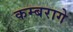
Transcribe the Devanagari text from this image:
कम्बरागे